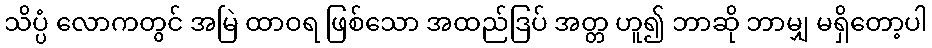
သိပ္ပံ လောကတွင် အမြဲ ထာဝရ ဖြစ်သော အထည်ဒြပ် အတ္တ ဟူ၍ ဘာဆို ဘာမျှ မရှိတော့ပါ